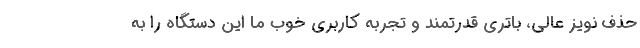
حذف نویز عالی، باتری قدرتمند و تجربه کاربری خوب ما این دستگاه را به